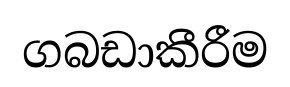
ගබඩාකීරීම